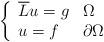
LaTeX: \begin{align*}\left\{\begin{array}[c]{ll}\overline{L}u=g & \Omega\\u=f & \partial\Omega\end{array}\right. \end{align*}